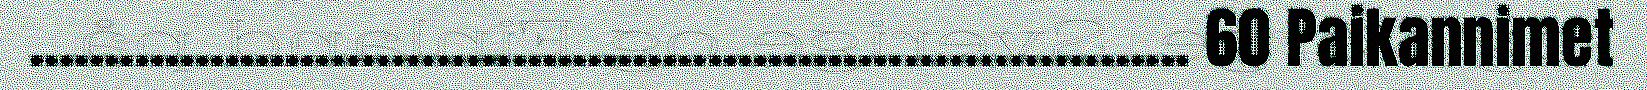
............................................................................. 60 Paikannimet